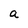
Character: a